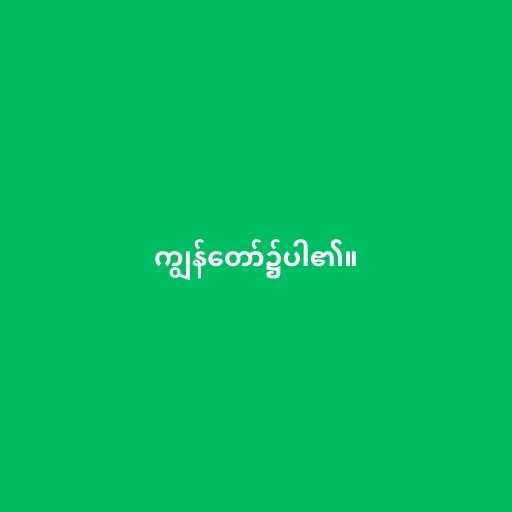
ကျွန်တော်၌ပါ၏။